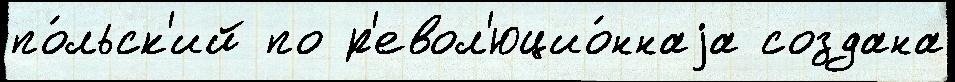
по́льск'ий по р'евол'юцио́ннаjа создана